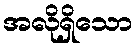
အလိုရှိသော